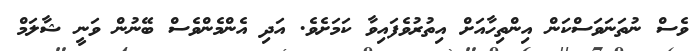
ވެސް ނުތަނަވަސްކަން އިންތިހާއަށް އިތުރުވެފައިވާ ކަމަށެވެ. އަދި އެންމެންވެސް ބޭނުން ވަނީ ޝާލަމް